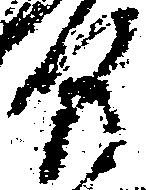
間